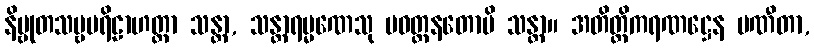
နိဗ္ဗုတသဗ္ဗပရိဠာဟတ္တာ သန္တာ, သန္တာရမ္မဏေသု ပဝတ္တနတောပိ သန္တာ။ အတိတ္တိကရဏဋ္ဌေန ပဏီတာ,